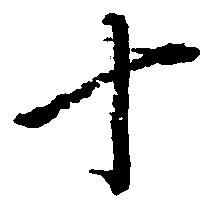
十